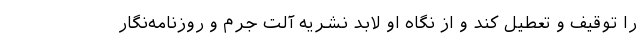
را توقیف و تعطیل کند و از نگاه او لابد نشریه آلت جرم و روزنامه‌نگار